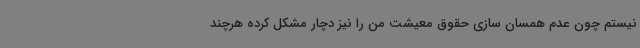
نیستم چون عدم همسان سازی حقوق معیشت من را نیز دچار مشکل کرده هرچند